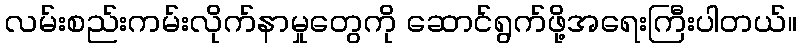
လမ်းစည်းကမ်းလိုက်နာမှုတွေကို ဆောင်ရွက်ဖို့အရေးကြီးပါတယ်။